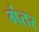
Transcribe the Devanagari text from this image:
गंतर